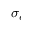
\sigma _ { e }